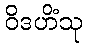
ဝိဒဟိံသု